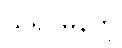
သရုပ်မှန်ကို